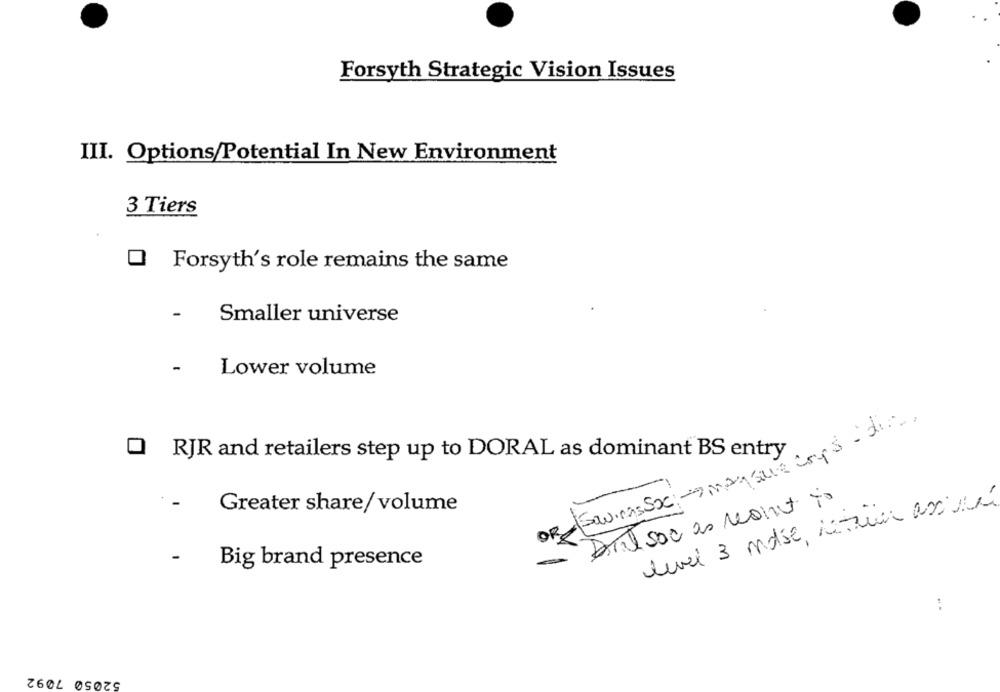
Forsyth Strategic Vision Issues
III. Options/Potential In New Environment
3 Tiers
Forsyth's role remains the same
Smaller universe
Lower volume
Swings Soc :- magque corps - dia.
Q RJR and retailers step up to DORAL as dominant BS entry
Diil soc as meant To
level 3 mose, 1Tuna assuré
Greater share/volume
OR
-
Big brand presence
:
52050 7092